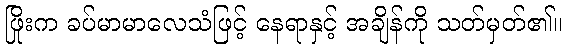
ဖြိုးက ခပ်မာမာလေသံဖြင့် နေရာနှင့် အချိန်ကို သတ်မှတ်၏။